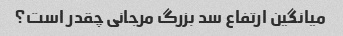
میانگین ارتفاع سد بزرگ مرجانی چقدر است؟